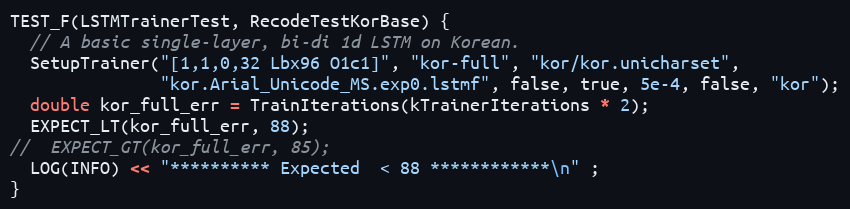
Language: C++
TEST_F(LSTMTrainerTest, RecodeTestKorBase) {
  // A basic single-layer, bi-di 1d LSTM on Korean.
  SetupTrainer("[1,1,0,32 Lbx96 O1c1]", "kor-full", "kor/kor.unicharset",
               "kor.Arial_Unicode_MS.exp0.lstmf", false, true, 5e-4, false, "kor");
  double kor_full_err = TrainIterations(kTrainerIterations * 2);
  EXPECT_LT(kor_full_err, 88);
//  EXPECT_GT(kor_full_err, 85);
  LOG(INFO) << "********** Expected  < 88 ************\n" ;
}